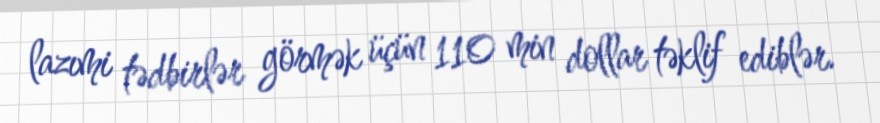
lazımi tədbirlər görmək üçün 110 min dollar təklif ediblər.